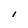
Character: I